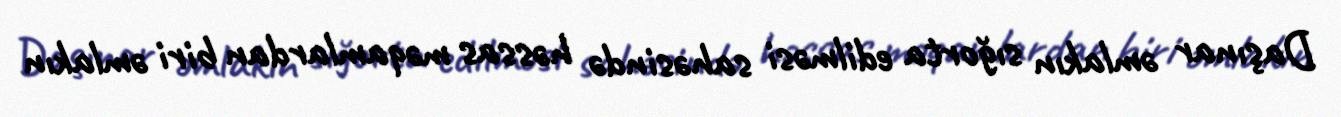
Daşınar əmlakın sığorta edilməsi sahəsində həssas məqamlardan biri əmlakın